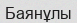
Баянұлы